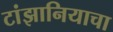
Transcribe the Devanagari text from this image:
टांझानियाचा